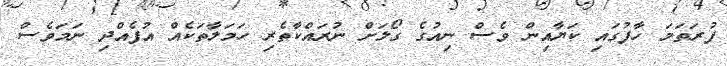
ފުރަތަމަ ހާފުގައި ކަޔާއިން ވެސް ނިއުގެ ގޯލަށް ނުރައްކާތެރި ހަމަލާތަކެއް އުފެއްދި ނަމަވެސް